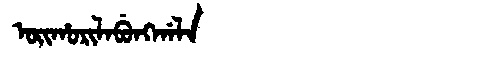
Manchu: ᠣᡳᡥᠣᡵᡳᠯᠠᠪᡠᠩᡤᠠᠯᠠ
Romanization: OIHORILABUNGGALA